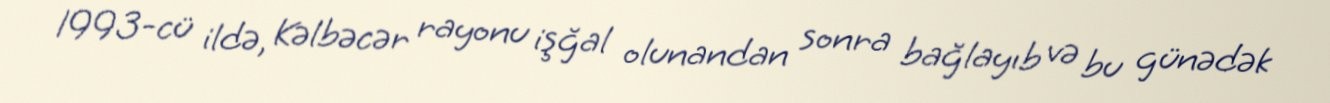
1993-cü ildə, Kəlbəcər rayonu işğal olunandan sonra bağlayıb və bu günədək